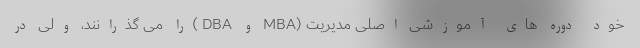
خود دوره های آموزشی اصلی مدیریت (MBA و DBA )را می گذرانند، ولی در